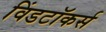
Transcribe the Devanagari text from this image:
विंडटॉकर्स